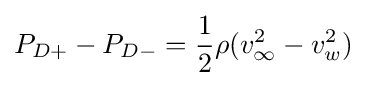
P_{D+}-P_{D-}={\frac {1}{2}}\rho (v_{\infty }^{2}-v_{w}^{2})